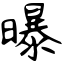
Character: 曝